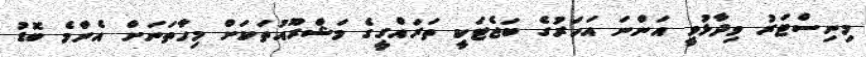
މިނިސްޓަރު ވިދާޅުވީ އަންނަ އަހަރުގެ ބަޖެޓަކީ ތަަރައްގީގެ މަޝްރޫއުތަކަށް މިހާތަނަށް އެންމެ ބޮޑު